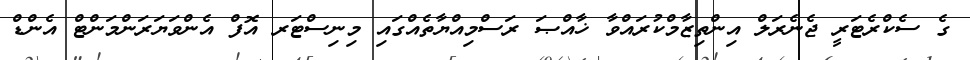
ގެ ސެކްރެޓަރީ ޖެނެރަލް އިންތިޒާމްކުރައްވާ ޚާއްޞަ ރަސްމިއްޔާތެއްގައި މިނިސްޓަރ އޮފް އެންވަޔަރަންމަންޓް އެންޑް